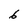
Character: 6